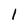
Character: 1